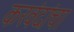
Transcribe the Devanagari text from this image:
करवंदांचा